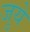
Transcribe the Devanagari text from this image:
जुये